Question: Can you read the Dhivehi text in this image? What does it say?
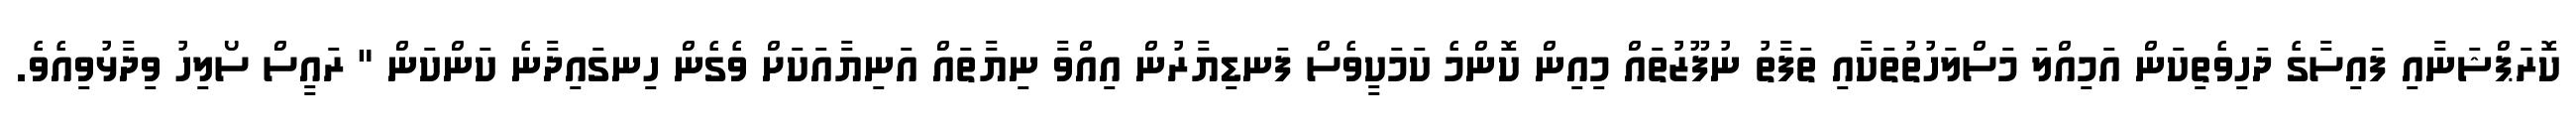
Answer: ކޮރަޕްޝަނާއި ފައިސާގެ ދަހިވެތިކަން އަމިއްލަ މަސްލަހުތުތަކާއި ތަފާތު ނުފޫޒުތައް މިއިން ކޮންމެ ކަމަކީވެސް ފަނޑިޔާރުން އިއްވާ ނިޔާތައް އަނިޔާއަކަށް ވެގެން ހިނގައިދާނެ ކަންކަން " ރައީސް ސޯލިހު ވިދާޅުވިއެވެ.